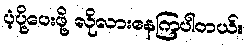
ပံ့ပို့ပေးဖို့ လိုလားနေကြပါတယ်။